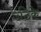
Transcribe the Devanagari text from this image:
उठिके